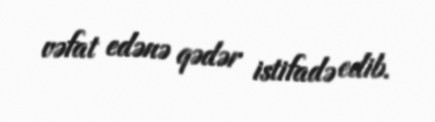
vəfat edənə qədər istifadə edib.